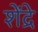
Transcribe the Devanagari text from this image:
शेंद्रे